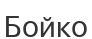
Бойко